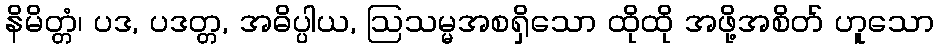
နိမိတ္တံ၊ ပဒ, ပဒတ္တ, အဓိပ္ပါယ, ဩသမ္မအစရှိသော ထိုထို အဖို့အစိတ် ဟူသော